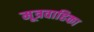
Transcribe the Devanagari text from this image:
मूत्रवाहिका